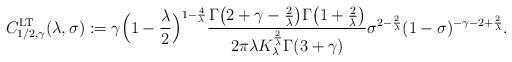
LaTeX: \begin{align*} C^{\mathrm{LT}}_{1/2, \gamma}(\lambda, \sigma) :=\gamma\Big(1 -\frac\lambda2\Big)^{1 -\frac4\lambda}\frac{\Gamma\big(2 +\gamma -\frac2\lambda\big)\Gamma\big(1 +\frac2\lambda\big)}{2\pi \lambda K_\lambda^{\frac2\lambda}\Gamma(3 + \gamma)}\sigma^{2 -\frac2\lambda}(1 -\sigma)^{-\gamma -2 +\frac2\lambda}.\end{align*}